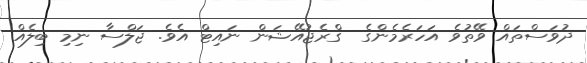
ދުވަސްތައް ވޭތުވެ އަހަރެމެންގެ  ގްރެޖުއޭޝަން ނައިޓް އެވެ. ޖަލްސާ ނިމި ބިލެއް